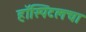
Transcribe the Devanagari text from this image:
हॉस्पिटलचा